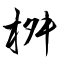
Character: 桝